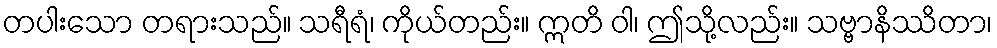
တပါးသော တရားသည်။ သရီရံ၊ ကိုယ်တည်း။ ဣတိ ဝါ၊ ဤသို့လည်း။ သဗ္ဗာနိဿိတာ၊